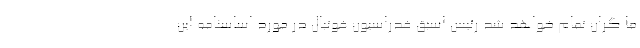
ما گران تمام خواهد شد رئیس اسبق فدراسیون فوتبال در مورد اساسنامه این